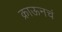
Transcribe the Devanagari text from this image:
क्राऊनचं